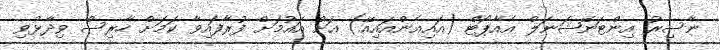
ނާސިރު އިންޓަނޭޝަނަލް އެއާޕޯޓް (އައިއެންއައިއޭ) އަށް އައުމަށް ފުރާފައިވާ ކަމަށް ހާރިސް ވިދާޅުވި